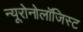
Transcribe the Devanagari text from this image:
न्यूरोनोलॉजिस्ट